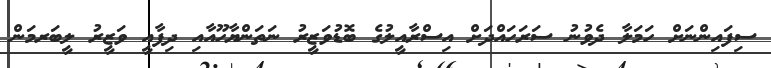
ސިފައިންނަށް ހަމަލާ ދެވުނު ސަރަހައްދަށް އިސްރާއީލުގެ ބޮޑުވަޒީރު ނަތަންޔާހޫއާއި ދިފާއީ ވަޒީރު ލީބަރމަން